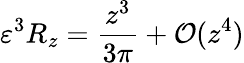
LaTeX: \varepsilon^{3}R_{z}=\frac{z^{3}}{3\pi}+\mathcal{O}(z^{4})